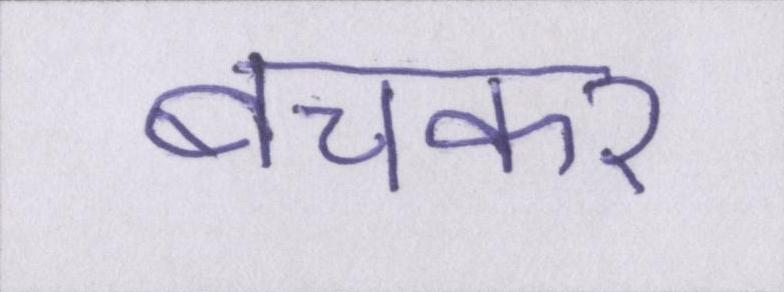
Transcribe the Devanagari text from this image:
बचकर